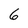
Character: 6